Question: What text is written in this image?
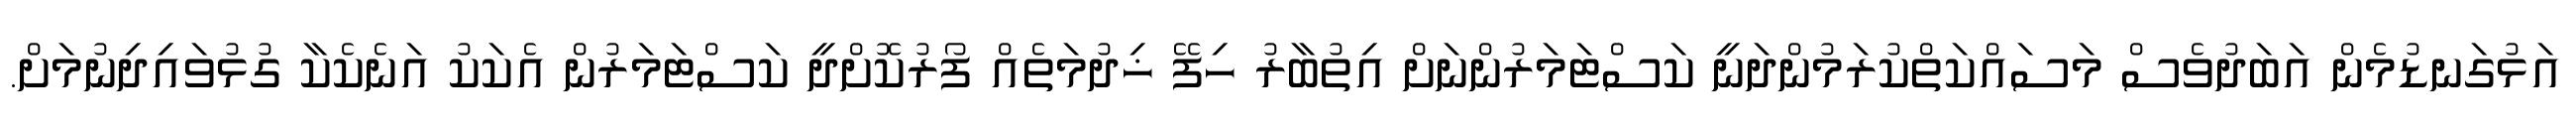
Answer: އަޅުގަނޑުމެން އަބަދުވެސް މަސައްކަތްކުރަމުންދަނީ ކަސްޓަމަރުންނަށް އިތުބާރު ހިފޭ ޚިދުމަތެއް ފޯރުކޮށްދީ ކަސްޓަމަރުން އެކަކު އަނެކެކާ ގުޅުވައިދިނުމަށް.